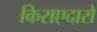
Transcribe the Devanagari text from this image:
किराएदारो